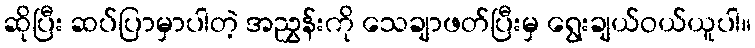
ဆိုပြီး ဆပ်ပြာမှာပါတဲ့ အညွှန်းကို သေချာဖတ်ပြီးမှ ရွေးချယ်ဝယ်ယူပါ။